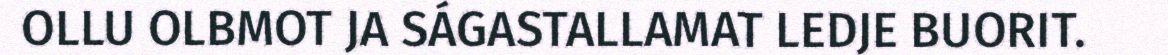
OLLU OLBMOT JA SÁGASTALLAMAT LEDJE BUORIT.